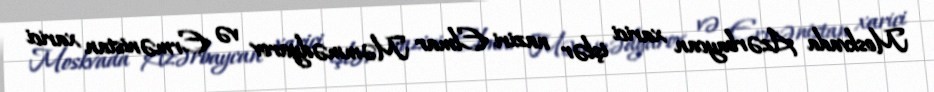
Moskvada Azərbaycan xarici işlər naziri Elmar Məmmədyarov və Ermənistan xarici